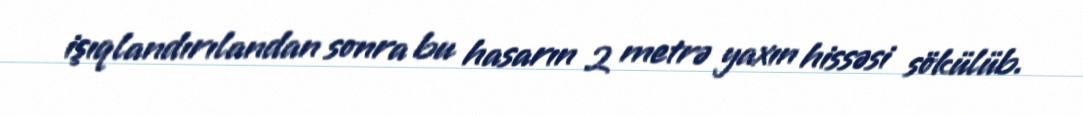
işıqlandırılandan sonra bu hasarın 2 metrə yaxın hissəsi sökülüb.